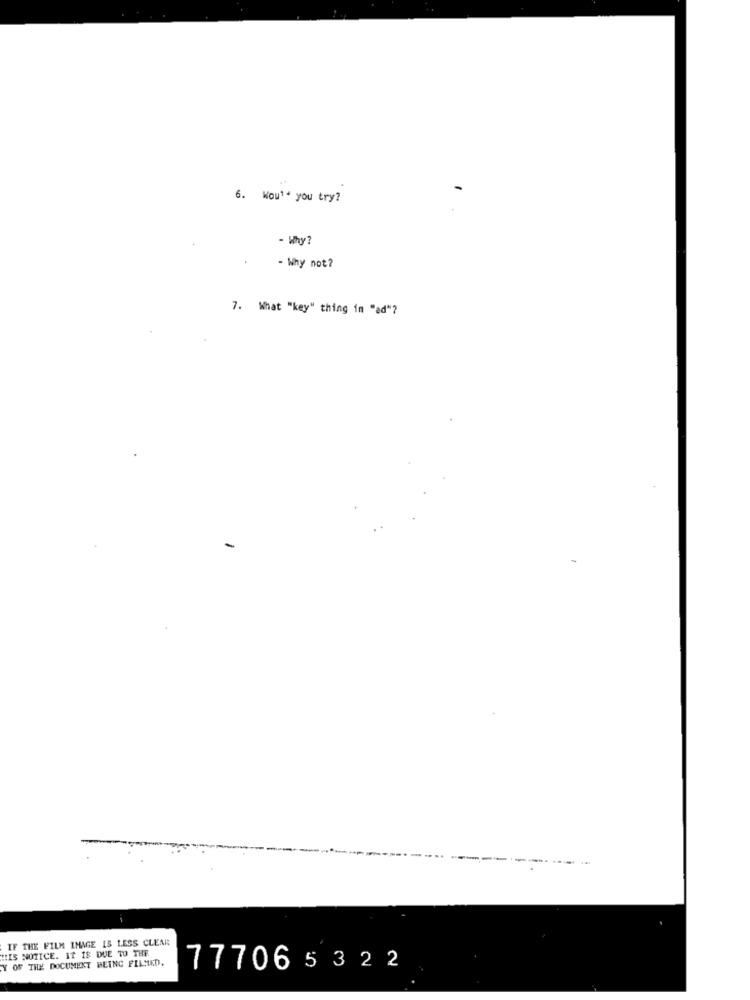
6. Would you try?
- Why?
- Why not?
7. What "key" thing in "ad"?
IF THE FILM IMAGE IS LESS CLEAR
HIS NOTICE. IT IS DUE TO THE.
Y OF THE DOCUMENT BEING FILMED.
777065322